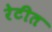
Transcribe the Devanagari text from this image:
रेटीत